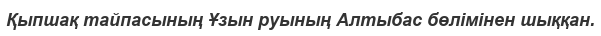
Қыпшақ тайпасының Ұзын руының Алтыбас бөлімінен шыққан.